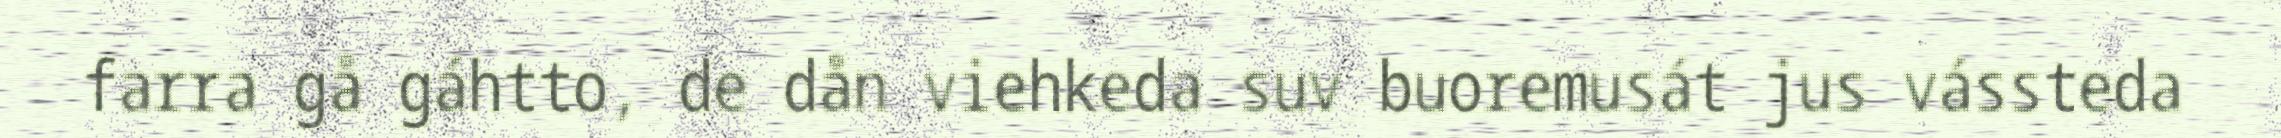
farra gå gáhtto, de dån viehkeda suv buoremusát jus vássteda